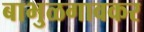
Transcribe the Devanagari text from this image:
बाभुळगावकर